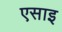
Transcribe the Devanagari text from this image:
एसाइ